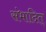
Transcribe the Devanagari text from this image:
संभादित्